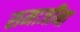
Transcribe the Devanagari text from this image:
समाजींना